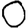
Digit: 0